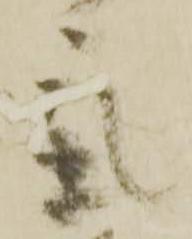
気